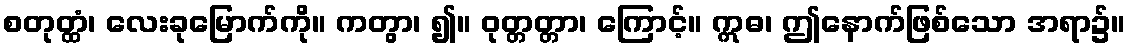
စတုတ္ထံ၊ လေးခုမြောက်ကို။ ကတွာ၊ ၍။ ဝုတ္တတ္တာ၊ ကြောင့်။ ဣဓ၊ ဤနောက်ဖြစ်သော အရာ၌။